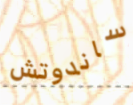
ساندوتش